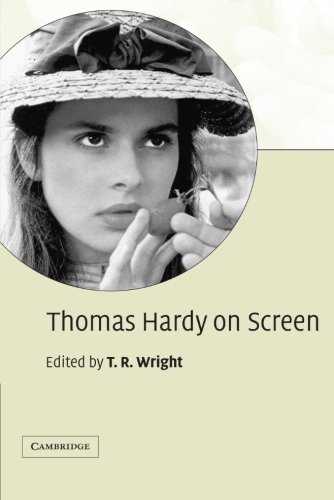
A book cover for Thomas Hardy on Screen; Humor & Entertainment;